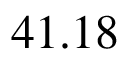
4 1 . 1 8 \